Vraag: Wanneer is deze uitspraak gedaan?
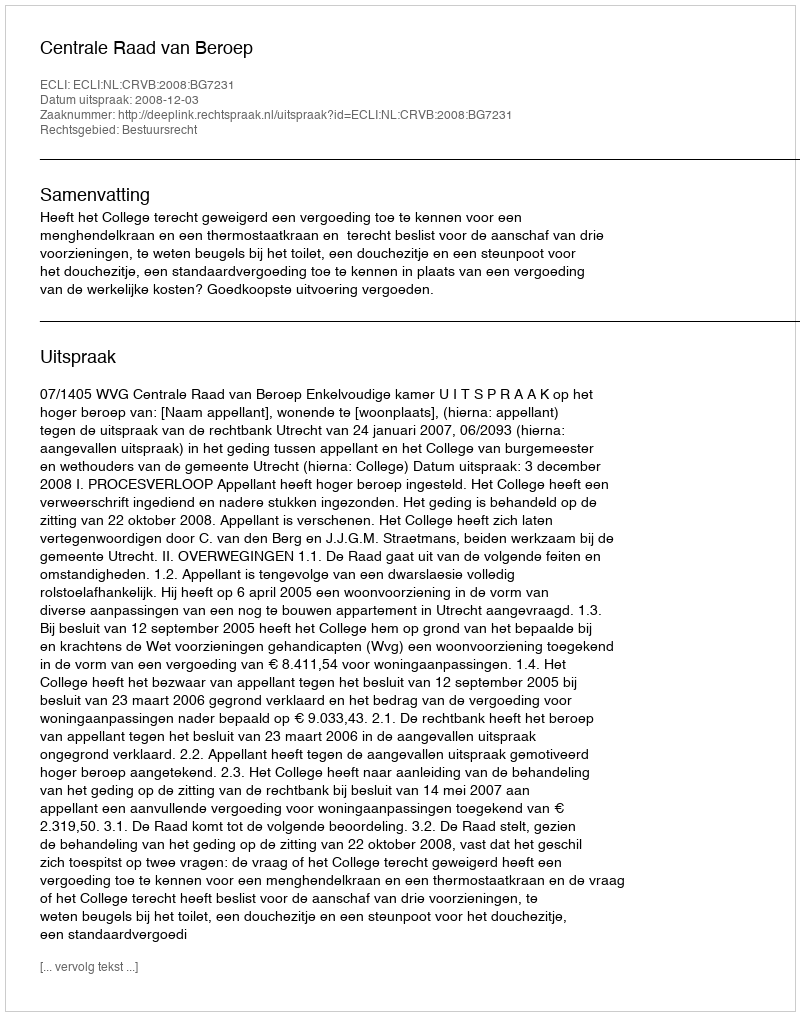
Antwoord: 2008-12-03